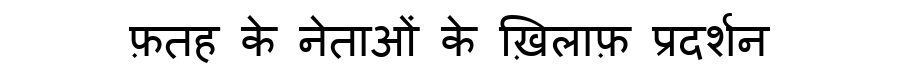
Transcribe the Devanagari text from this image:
फ़तह के नेताओं के ख़िलाफ़ प्रदर्शन